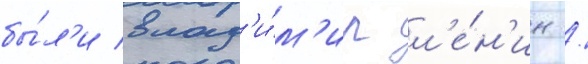
бы́л'и влад'и́м'ир л'е́н'ин /